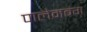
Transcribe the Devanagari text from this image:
पालेमबंग